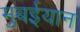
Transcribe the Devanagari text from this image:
मुबईयान